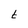
Character: t